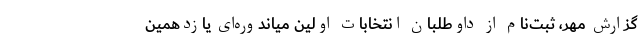
گزارش مهر، ثبت‌نام از داوطلبان انتخابات اولین میاندوره‌ای یازدهمین